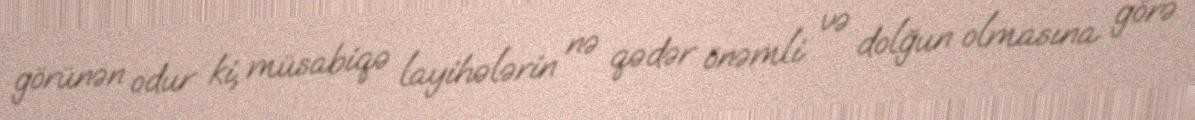
görünən odur ki, müsabiqə layihələrin nə qədər önəmli və dolğun olmasına görə